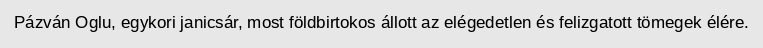
Pázván Oglu, egykori janicsár, most földbirtokos állott az elégedetlen és felizgatott tömegek élére.